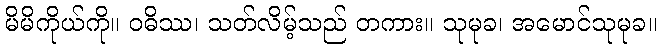
မိမိကိုယ်ကို။ ဝဓိဿ၊ သတ်လိမ့်သည် တကား။ သုမုခ၊ အမောင်သုမုခ။